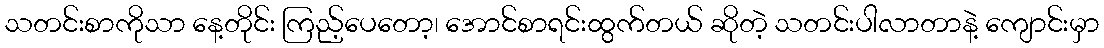
သတင်းစာကိုသာ နေ့တိုင်း ကြည့်ပေတော့၊ အောင်စာရင်းထွက်တယ် ဆိုတဲ့ သတင်းပါလာတာနဲ့ ကျောင်းမှာ